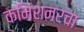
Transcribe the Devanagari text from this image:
कमिशनरचा